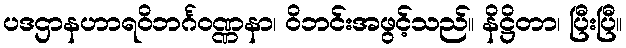
ပဒဌာနဟာရဝိဘင်္ဂဝဏ္ဏနာ၊ ဝိဘင်းအဖွင့်သည်။ နိဋ္ဌိတာ၊ ပြီးပြီ။